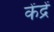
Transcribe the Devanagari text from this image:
केंद्रें